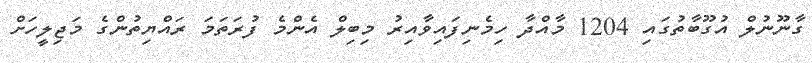
ގާނޫނުލް އުގޫބާތުގައި 1204 މާއްދާ ހިމެނިފައިވާއިރު މިބިލް އެންމެ ފުރަތަމަ ރައްޔިތުންގެ މަޖިލީހަށް